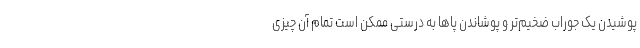
پوشیدن یک جوراب ضخیم‌تر و پوشاندن پاها به درستی ممکن است تمام آن چیزی